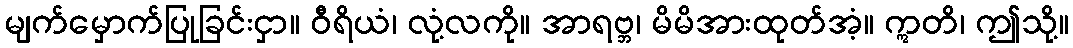
မျက်မှောက်ပြုခြင်းငှာ။ ဝီရိယံ၊ လုံ့လကို။ အာရဗ္ဘ၊ မိမိအားထုတ်အံ့။ ဣတိ၊ ဤသို့။